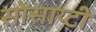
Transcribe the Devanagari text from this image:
सोसाय्टी